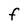
Character: f